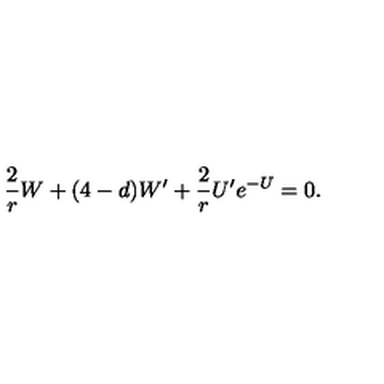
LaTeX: \frac { 2 } { r } W + ( 4 - d ) W ^ { \prime } + \frac { 2 } { r } U ^ { \prime } e ^ { - U } = 0 .